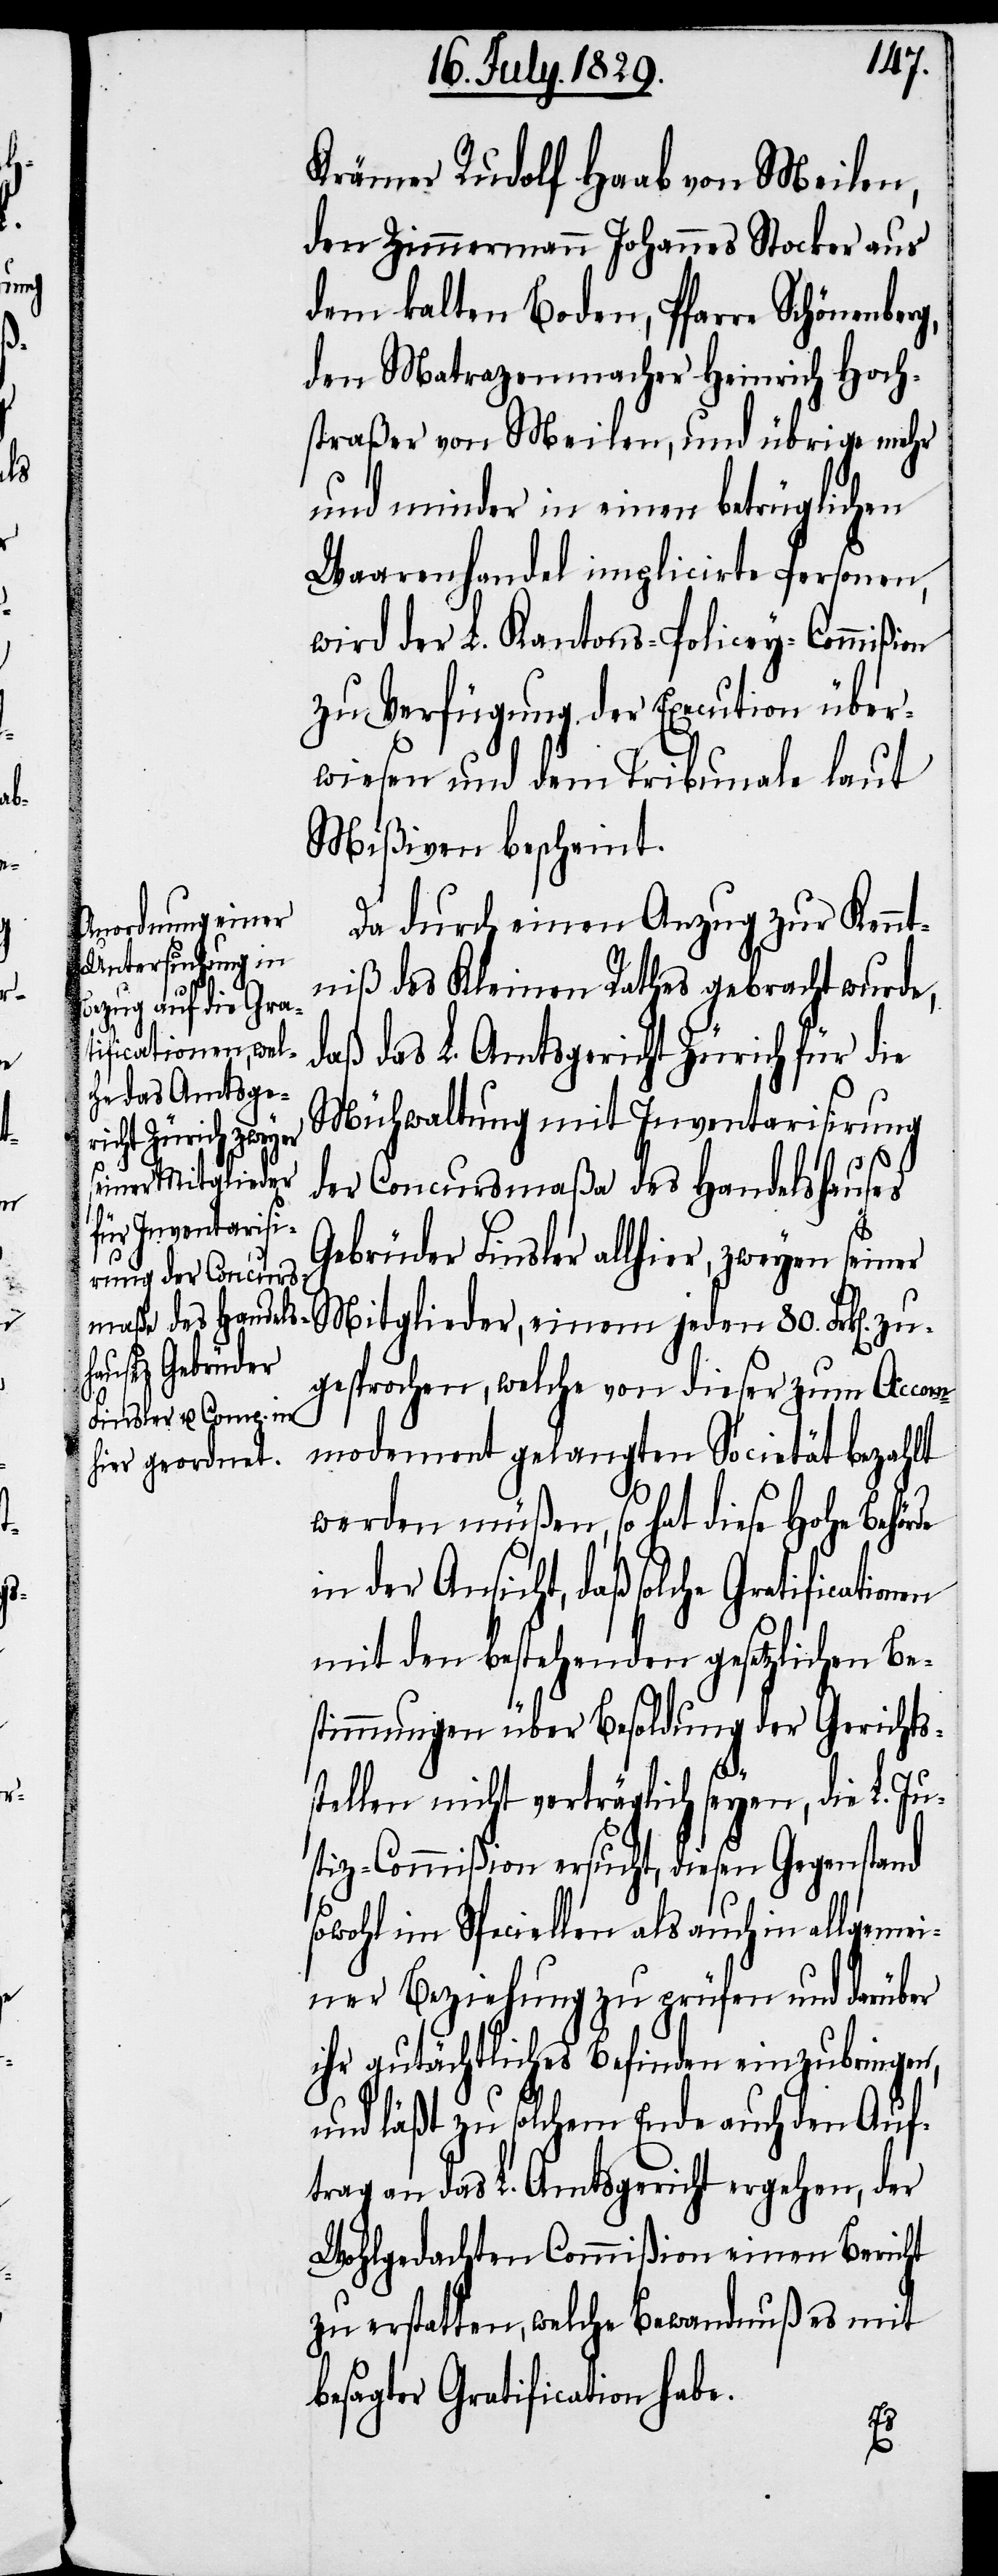
en
de

Krämer Rudolf Haab von Meilen,
den Zimmermann Johannes Stocker aus
dem kalten Boden, Pfarre Schönenberg,
den Matrazenmacher Heinrich Hoch¬
straßer von Meilen, und übrige mehr
und minder in einen betrüglichen
Waarenhandel implicirte Personen,
wird der L. Kantons-Policey-Commißion
zu Verfügung des Execution über¬
wiesen und dem Tribunale laut
Mißiven bescheint.
Da durch einen Anzug zur Kennt¬
niß des Kleinen Rathes gebracht wurde,
daß das L. Amtsgericht Zürich für die
Mühwaltung mit Inventarisirung
der Concursmaße des Handelshauses
Gebrüder Finsler allhier, zweyen seiner
Mitglieder, einem jeden 80. Frk[en].
gesprochen, welche von dieser zum Accom¬
modement gelangten Societät bezahlt
werden müßen, so hat diese Hohe Behör¬
in der Ansicht, daß solche Gratification¬
mit den bestehenden gesetzlichen Be¬
stimmungen über Besoldung der Gerichts¬
stellen nicht verträglich seyen, die L. Ju¬
stiz-Commißion ersucht, diesen Gegenstand
sowohl im Speciellen als auch in allgemei¬
ner Beziehung zu prüfen und darüber
ihr gutächtliches Befinden einzubringen,
und läßt zu solchem Ende auch den Auf¬
trag an das L. Amtsgericht ergehen, der
Wohlgedachten Commißion einen Bericht
zu erstatten, welche Bewandnuß es mit
besagter Gratification habe.